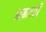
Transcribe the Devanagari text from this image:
शब्दार्थी